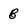
Character: 8